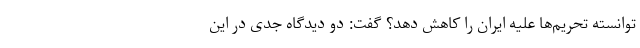
توانسته تحریم‌ها علیه ایران را کاهش دهد؟ گفت: دو دیدگاه جدی در این